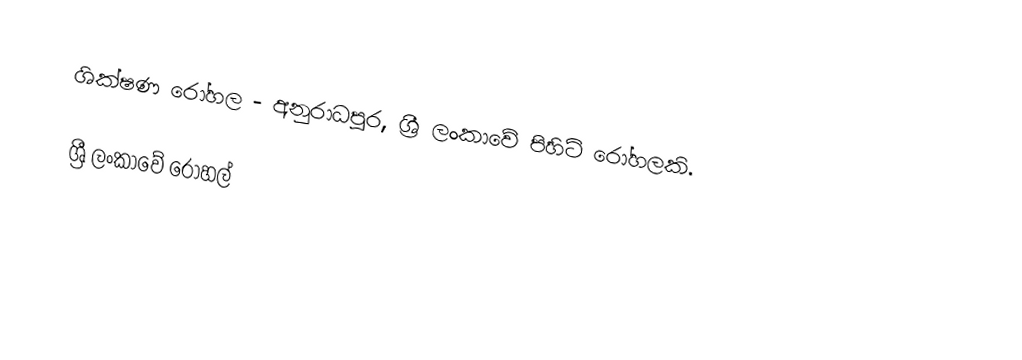
ශික්ෂණ රෝහල - අනුරාධපුර, ශ්‍රී ලංකාවේ පිහිටි රෝහලකි.

ශ්‍රී ලංකාවේ රෝහල්